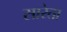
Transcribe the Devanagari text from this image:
सारेता